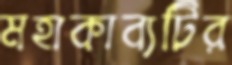
মহাকাব্যটির